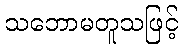
သဘောမတူသဖြင့်